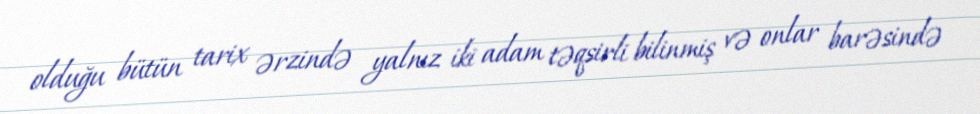
olduğu bütün tarix ərzində yalnız iki adam təqsirli bilinmiş və onlar barəsində